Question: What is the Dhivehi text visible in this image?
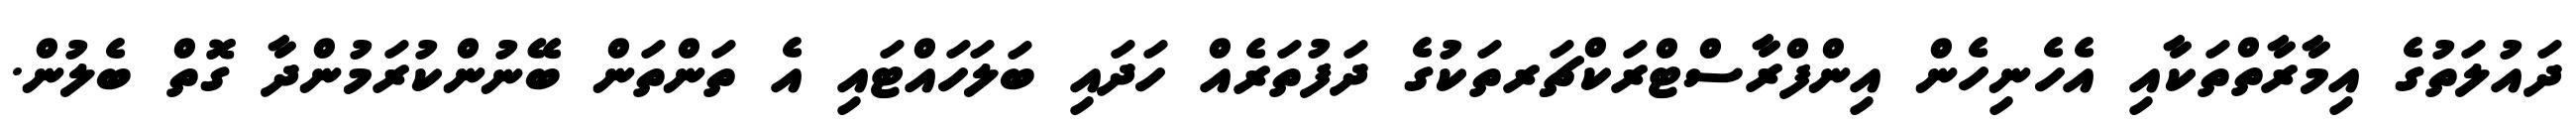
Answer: ދައުލަތުގެ އިމާރާތްތަކާއި އެހެނިހެން އިންފްރާސްޓްރަކްޗަރތަކުގެ ދަފުތަރެއް ހަދައި ބަލަހައްޓައި އެ ތަންތަން ބޭނުންކުރަމުންދާ ގޮތް ބެލުން.